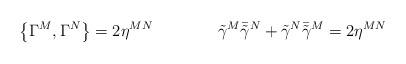
LaTeX: \begin{align*}\left\{\Gamma^M,\Gamma^N\right\}=2\eta^{MN}\qquad\qquad\tilde{\gamma}^M\bar{\tilde{\gamma}}^N+\tilde{\gamma}^N\bar{\tilde{\gamma}}^M=2\eta^{MN}\end{align*}